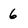
Character: 6